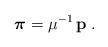
LaTeX: \begin{align*}\mbox{\boldmath $ \pi$} =\mu^{-1} \, {\bf p}\; .\end{align*}